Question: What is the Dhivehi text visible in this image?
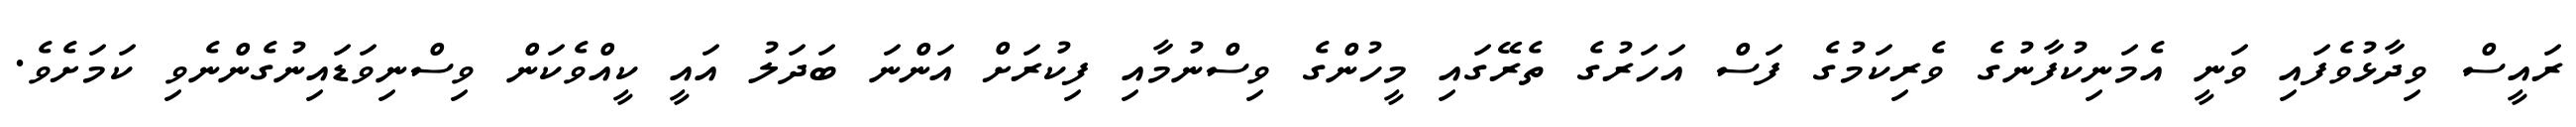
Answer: ރައީސް ވިދާޅުވެފައި ވަނީ އެމަނިކުފާނުގެ ވެރިކަމުގެ ފަސް އަހަރުގެ ތެރޭގައި މީހުންގެ ވިސްނުމާއި ފިކުރަށް އަންނަ ބަދަލު އައީ ކީއްވެކަން ވިސްނިވަޑައިނުގެންނެވި ކަމަށެވެ.